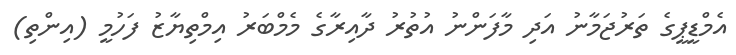
އެމްޑީޕީގެ ތަރުޖަމާނު އަދި މާފަންނު އުތުރު ދާއިރާގެ މެމްބަރު އިމްތިޔާޒު ފަހުމީ (އިންތި)